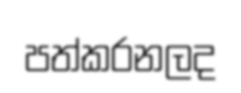
පත්කරනලද